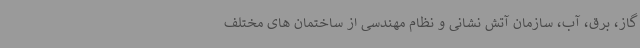
گاز، برق، آب، سازمان آتش نشانی و نظام مهندسی از ساختمان های مختلف